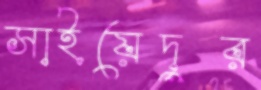
সাইয়েদুর